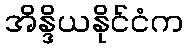
အိန္ဒိယနိုင်ငံက